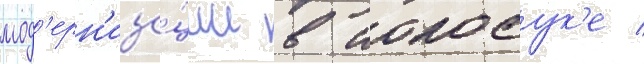
мод'ерн'иза́ции в иокосук'е /